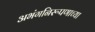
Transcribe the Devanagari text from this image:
अभंगनिरूपणाच्या